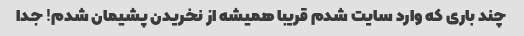
چند باری که وارد سایت شدم قریبا همیشه از نخریدن پشیمان شدم! جدا